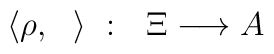
\langle \rho,~~\rangle ~:~~\Xi \longrightarrow A